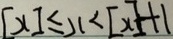
[ x ] \leq x < [ x ] + 1